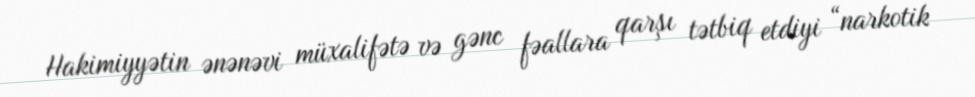
Hakimiyyətin ənənəvi müxalifətə və gənc fəallara qarşı tətbiq etdiyi “narkotik